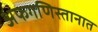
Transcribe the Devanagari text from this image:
अफगणिस्तानात